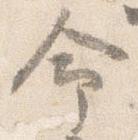
命